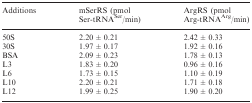
<table><thead><tr><td><b>Additions</b></td><td><b>mSerRS (pmol Ser-tRNA<sup>Ser</sup>/min)</b></td><td><b>ArgRS (pmol Arg-tRNA<sup>Arg</sup>/min)</b></td></tr></thead><tbody><tr><td>50S</td><td>2.20 ± 0.21</td><td>2.42 ± 0.33</td></tr><tr><td>30S</td><td>1.97 ± 0.17</td><td>1.92 ± 0.16</td></tr><tr><td>BSA</td><td>2.09 ± 0.23</td><td>1.78 ± 0.13</td></tr><tr><td>L3</td><td>1.83 ± 0.20</td><td>0.96 ± 0.16</td></tr><tr><td>L6</td><td>1.73 ± 0.15</td><td>1.10 ± 0.19</td></tr><tr><td>L10</td><td>2.20 ± 0.21</td><td>1.71 ± 0.18</td></tr><tr><td>L12</td><td>1.99 ± 0.25</td><td>1.90 ± 0.20</td></tr></tbody></table>